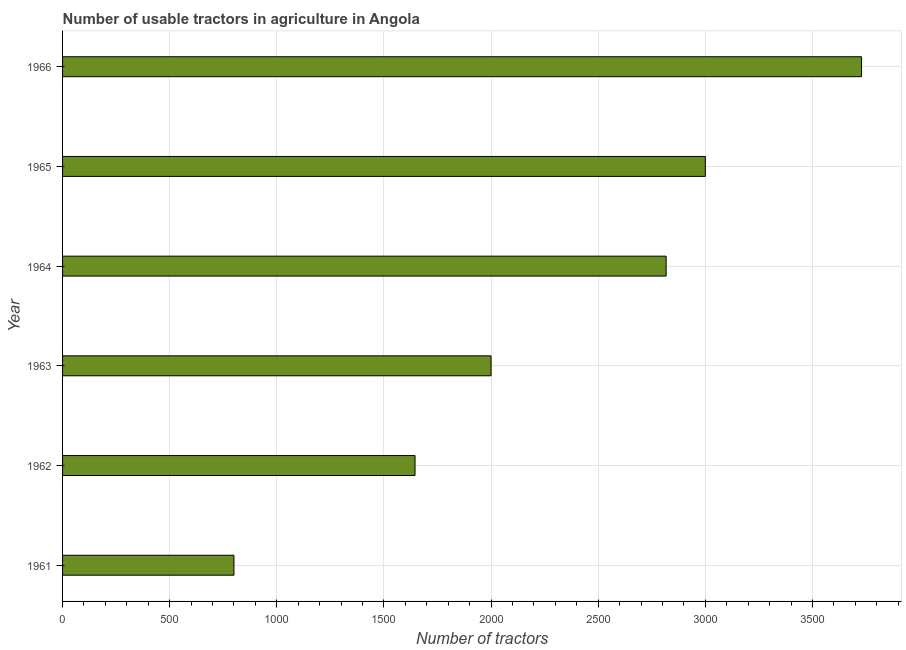
| Year | Agricultural machinery |
 | --- | --- |
 | 1961 | 800 |
 | 1962 | 1.64e+03 |
 | 1963 | 2e+03 |
 | 1964 | 2.82e+03 |
 | 1965 | 3e+03 |
 | 1966 | 3.73e+03 |